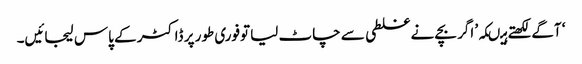
‘ آگے لکھتے ہیںکہ’ اگر بچے نے غلطی سے چاٹ لیا توفوری طور پر ڈاکٹر کے پاس لیجائیں۔